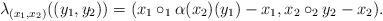
LaTeX: \begin{align*}\lambda_{(x_1,x_2)}((y_1,y_2))=(x_1\circ_1 \alpha(x_2)(y_1)-x_1,x_2\circ_2 y_2-x_2).\end{align*}